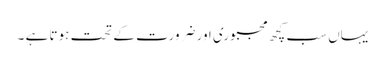
یہاں سب کچھ مجبوری اور ضرورت کے تحت ہوتا ہے ۔